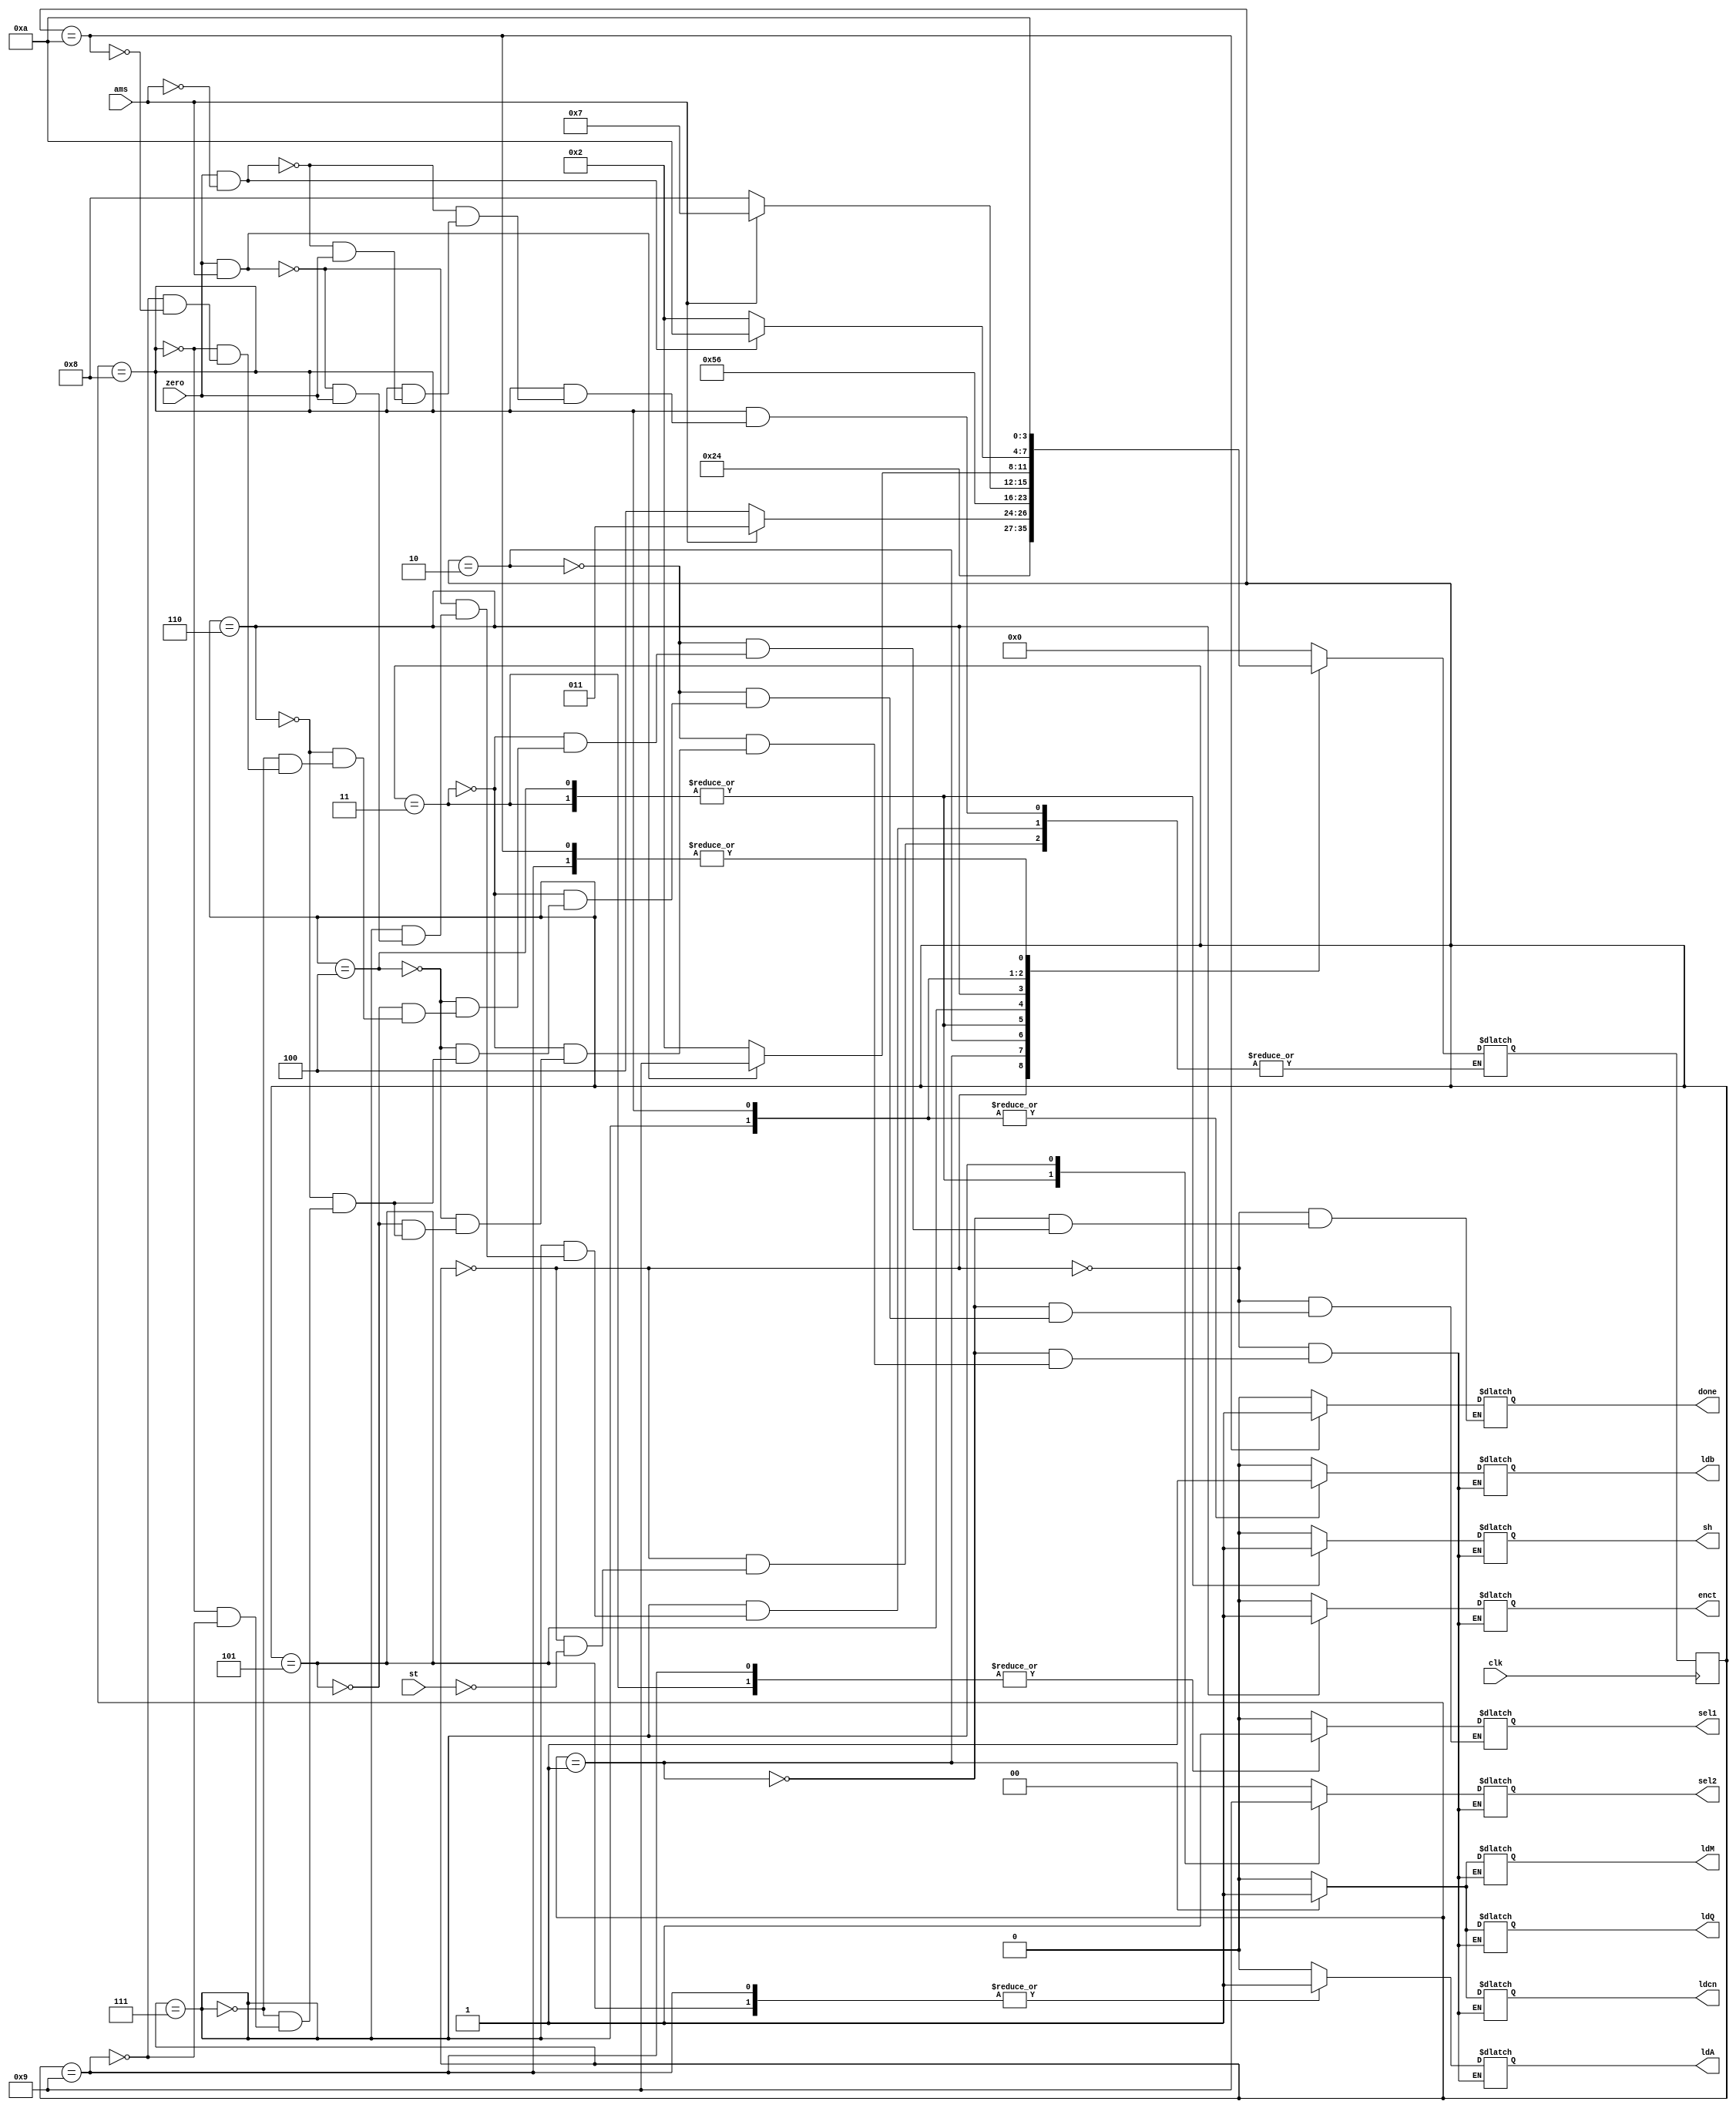
`timescale 1ns / 1ps
//////////////////////////////////////////////////////////////////////////////////
// Company: 
// Engineer: 
// 
// Design Name: 
// Module Name: NRACP
// Project Name: 
// Target Devices: 
// Tool Versions: 
// Description: 
// 
// Dependencies: 
// 
// Revision:
// Revision 0.01 - File Created
// Additional Comments:
// 
//////////////////////////////////////////////////////////////////////////////////


module NRACP(output reg ldQ,ldM,ldA,sh,sel1,ldcn,enct,ldb,done, output reg [1:0] sel2, input st,ams,clk,zero);
reg [3:0] state,next_state;
parameter s0 = 4'b0000, s1= 4'b0001, s2 = 4'b0010, s3 =4'b0011, s4 = 4'b0100, s5 = 4'b0101, s6 = 4'b0110, s7=4'b0111,s8=4'b1000,s9=4'b1001,s10=4'b1010;
always @(posedge clk)
    state<=next_state;
always @(state,st,ams,zero)
begin
    case (state)
    s0 : begin ldQ=0;ldM=0;ldA=0;sh=0;sel1=0;sel2=0;ldcn=0;enct=0;ldb=0;done=0; if(st) next_state=s1; end 
    s1 : begin ldQ=1;ldM=1;ldA=0;sh=0;sel1=0;sel2=0;ldcn=1;enct=0;ldb=0;done=0; next_state=s2; end
    s2 : begin ldQ=0;ldM=0;ldA=0;sh=0;sel1=0;sel2=0;ldcn=0;enct=0;ldb=0;done=0; if(ams) next_state=s3; else next_state=s4; end
    s3: begin ldQ=0;ldM=0;ldA=0;sh=1;sel1=1;sel2=2'b10;ldcn=0;enct=0;ldb=0;done=0;  next_state=s5; end
    s4 : begin ldQ=0;ldM=0;ldA=0;sh=1;sel1=0;sel2=2'b10;ldcn=0;enct=0;ldb=0;done=0; next_state=s5; end
    s5 : begin ldQ=0;ldM=0;ldA=1;sh=0;sel2=0;ldcn=0;enct=0;ldb=0;done=0; next_state=s6; end
    s6 : begin ldQ=0;ldM=0;ldA=0;sh=0;sel1=0;sel2=0;ldcn=0;enct=1;ldb=0;done=0; if(ams) next_state=s7; else next_state=s8; end
    s7 : begin ldQ=0;ldM=0;ldA=0;sh=0;sel1=0;sel2=1;ldcn=0;enct=0;ldb=1;done=0; if(zero && ams) next_state=s9; else if(~zero) next_state=s2; end
    s8 : begin ldQ=0;ldM=0;ldA=0;sh=0;sel1=0;sel2=0;ldcn=0;enct=0;ldb=1;done=0; if(zero && ~ams) next_state=s10; else if(~zero) next_state=s2; end
    s9 : begin ldQ=0;ldM=0;ldA=1;sh=0;sel1=1;sel2=0;ldcn=0;enct=0;ldb=0;done=0; next_state=s10; end
    s10 : begin done=1;next_state = s10; end
    default : next_state= s0;
    endcase
end
endmodule